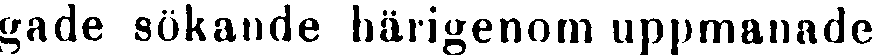
gade sökande härigenom uppmanade